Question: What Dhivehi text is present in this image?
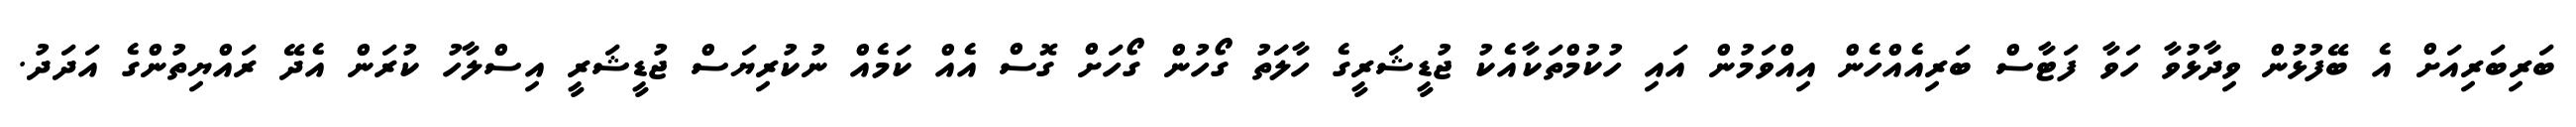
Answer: ބަރިބަރިއަށް އެ ބޭފުޅުން ވިދާޅުވާ ހަވާ ފަޓާސް ބަރިއެއްހެން އިއްވަމުން އައި ހުކުމްތަކާއެކު ޖުޑީޝަރީގެ ހާލަަތު ގޯހުން ގޯހަށް ގޮސް އެއް ކަމެއް ނުކުރިޔަސް ޖުޑީޝަރީ އިސްލާހު ކުރަން އެދޭ ރައްޔިތުންގެ އަދަދު.